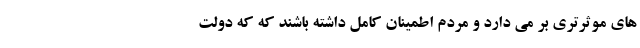
های موثرتری بر می دارد و مردم اطمینان کامل داشته باشند که که دولت